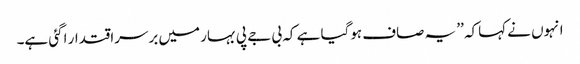
انہوں نے کہاکہ ’’ یہ صاف ہوگیا ہے کہ بی جے پی بہار میں برسراقتدار اگئی ہے۔